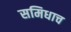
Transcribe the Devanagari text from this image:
समिधाच